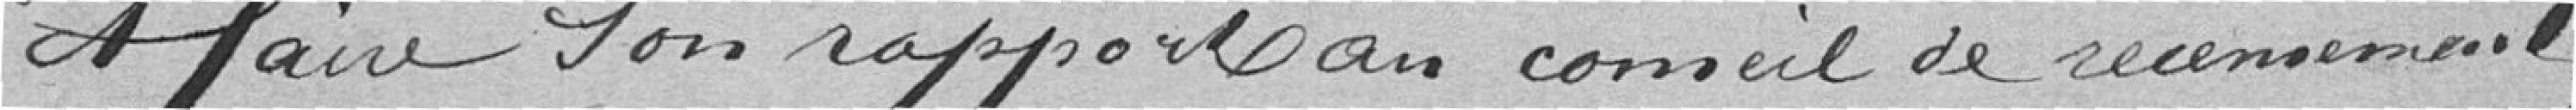
et faire son rapport au conseil de recensement.